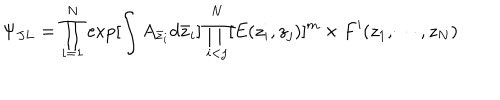
\Psi _ { J L } = \prod _ { i = 1 } ^ { N } \exp [ \int A _ { \bar { z } _ { i } } d \bar { z } _ { i } ] \prod _ { i < j } ^ { N } [ E ( z _ { i } , z _ { j } ) ] ^ { m } \times F ^ { \prime } ( z _ { 1 } , \cdots , z _ { N } )